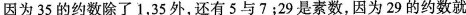
因为35的约数除了1，35外，还有5与7；29是素数，因为29的约数就